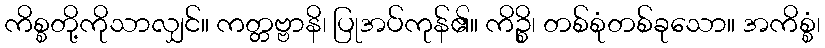
ကိစ္စတို့ကိုသာလျှင်။ ကတ္တဗ္ဗာနိ၊ ပြုအပ်ကုန်၏။ ကိဉ္စိ၊ တစ်စုံတစ်ခုသော။ အကိစ္စံ၊